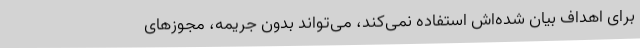
برای اهداف بیان شده‌اش استفاده نمی‌کند، می‌تواند بدون جریمه، مجوزهای